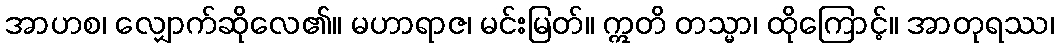
အာဟစ၊ လျှောက်ဆိုလေ၏။ မဟာရာဇ၊ မင်းမြတ်။ ဣတိ တသ္မာ၊ ထိုကြောင့်။ အာတုရဿ၊